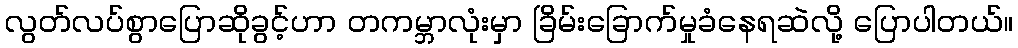
လွတ်လပ်စွာပြောဆိုခွင့်ဟာ တကမ္ဘာလုံးမှာ ခြိမ်းခြောက်မှုခံနေရဆဲလို့ ပြောပါတယ်။